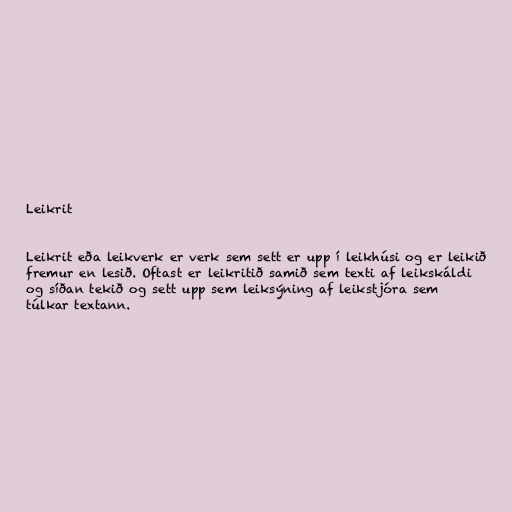
Leikrit

Leikrit eða leikverk er verk sem sett er upp í leikhúsi og er leikið
fremur en lesið. Oftast er leikritið samið sem texti af leikskáldi
og síðan tekið og sett upp sem leiksýning af leikstjóra sem
túlkar textann.